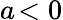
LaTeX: a\! <0